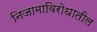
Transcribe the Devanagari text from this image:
निजामाविरोधातील